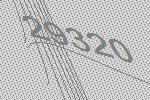
29320